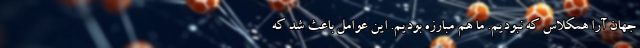
جهان آرا همکلاس که نبودیم. ما هم مبارزه بودیم. این عوامل باعث شد که